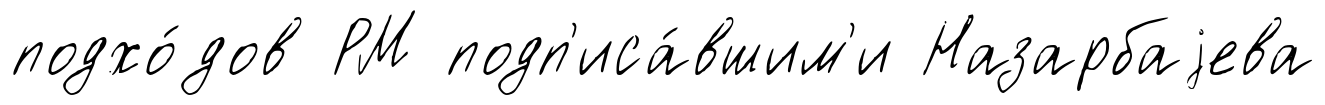
подхо́дов РМ подп'иса́вшим'и Назарбаjева